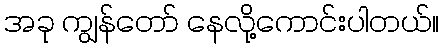
အခု ကျွန်တော် နေလို့ကောင်းပါတယ်။